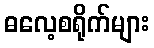
ဓလေ့စရိုက်များ